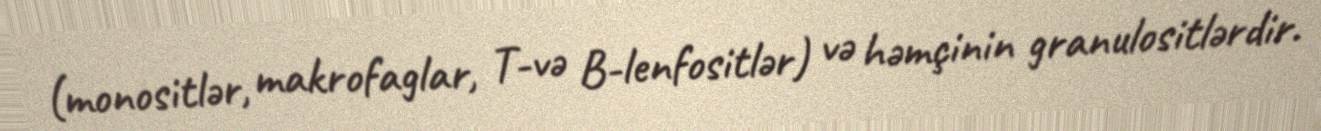
(monositlər, makrofaglar, T-və B-lenfositlər) və həmçinin granulositlərdir.